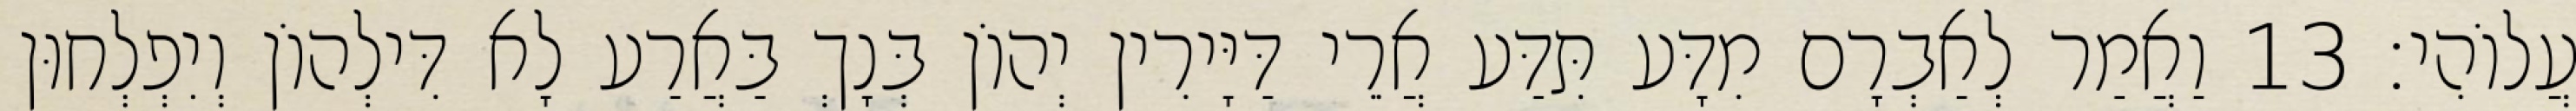
עֲלוֹהִי׃ 13 וַאֲמַר לְאַבְרָם מִדָּע תִּדַּע אֲרֵי דַּיָּירִין יְהוֹן בְּנָךְ בַּאֲרַע לָא דִּילְהוֹן וְיִפְלְחוּן